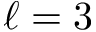
\ell = 3